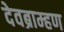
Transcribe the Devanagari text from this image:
देवब्राम्हण